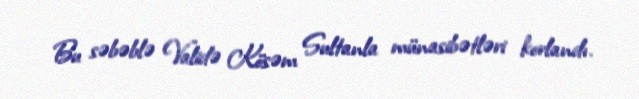
Bu səbəblə Validə Kösəm Sultanla münasibətləri korlandı.